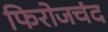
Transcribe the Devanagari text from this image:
फिरोजचंद